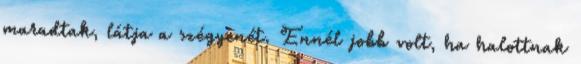
maradtak, látja a szégyenét. Ennél jobb volt, ha halottnak